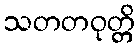
သတတဝုတ္တိ